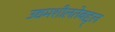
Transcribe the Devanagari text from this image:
उद्यमशीलतेबद्द्ल